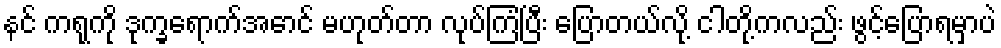
နင် ကရုကို ဒုက္ခရောက်အောင် မဟုတ်တာ လုပ်ကြံပြီး ပြောတယ်လို့ ငါတို့ကလည်း ဖွင့်ပြောရမှာပဲ